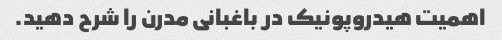
اهمیت هیدروپونیک در باغبانی مدرن را شرح دهید.